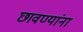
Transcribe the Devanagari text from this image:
छावण्यांना